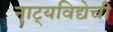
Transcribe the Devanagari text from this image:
नाट्यविद्येची